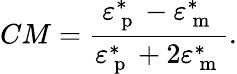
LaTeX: CM=\frac{\varepsilon_{\mathrm{~p~}}^{*}-\varepsilon_{\mathrm{~m~}}^{*}}{\varepsilon_{\mathrm{~p~}}^{*}+2\varepsilon_{\mathrm{~m~}}^{*}}.